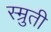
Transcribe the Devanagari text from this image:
स्म्रुती